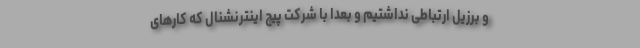
و برزیل ارتباطی نداشتیم و بعدا با شرکت پیچ اینترنشنال که کار‌‌های